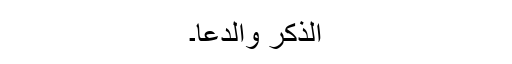
الذکر والدعا۔